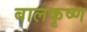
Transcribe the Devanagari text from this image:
बालकृष्‍ण